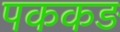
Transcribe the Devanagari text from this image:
पककड़